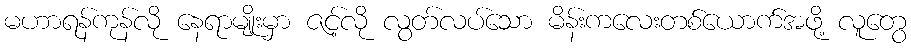
မဟာရန်ကုန်လို နေရာမျိုးမှာ ဇင့်လို လွတ်လပ်သော မိန်းကလေးတစ်ယောက်အဖို့ လူတွေ